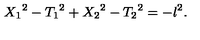
{ X _ { 1 } } ^ { 2 } - { T _ { 1 } } ^ { 2 } + { X _ { 2 } } ^ { 2 } - { T _ { 2 } } ^ { 2 } = - l ^ { 2 } .